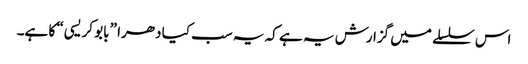
اس سلسلے میں گزارش یہ ہے کہ یہ سب کیا دھرا ”بابو کریسی“ کا ہے۔